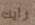
رأيك